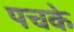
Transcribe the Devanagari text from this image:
पचके